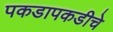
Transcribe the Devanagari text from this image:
पकडापकडीचे